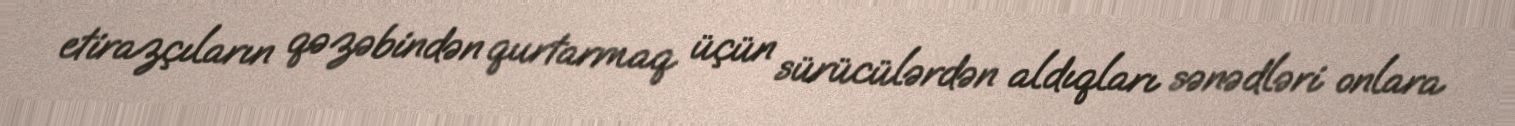
etirazçıların qəzəbindən qurtarmaq üçün sürücülərdən aldıqları sənədləri onlara